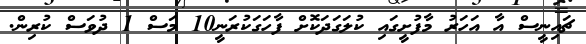
ޗައިނީސް އާ އަހަރު މާފުށީގައި ކުލަގަދަކޮށް ފާހަގަކުރަނީ10 މަސް 1 ދުވަސް ކުރިން.